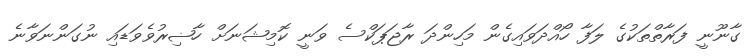
ގާނޫނީ ފަރާތްތަކުގެ ލަފާ ހޯއްދަވައިގެން މަހިންދަ ރާޖަޕަކްސެ ވަނީ ކޮމިޝަނަށް ހާޟިރުވެވަޑައި ނުގަންނަވާނެ